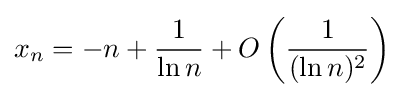
x_{n}=-n+{\frac {1}{\ln n}}+O\left({\frac {1}{(\ln n)^{2}}}\right)